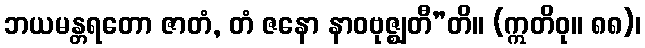
ဘယမန္တရတော ဇာတံ, တံ ဇနော နာဝဗုဇ္ဈတီ”တိ။ (ဣတိဝု။ ၈၈)၊